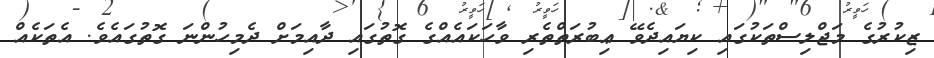
ޒިކުރުގެ މަޖްލިސްތަކުގައި ކިޔައިދެވޭ ޢިބުރަތްތެރި ވާހަކައެއްގެ ގޮތުގައި ދާއިމަށް ދެމިހުންނަ ގޮތުގައެވެ. އެތަކެއް